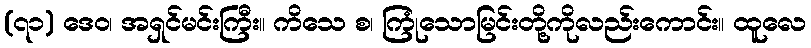
(၇၁) ဒေဝ၊ အရှင်မင်းကြီး။ ကိသေ စ၊ ကြုံသောမြင်းတို့ကိုလည်းကောင်း။ ထူလေ